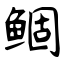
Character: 鲴